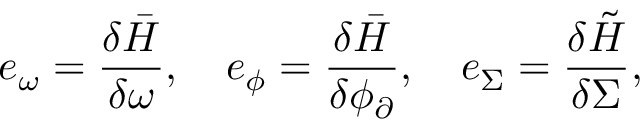
e _ { \omega } = \frac { \delta \bar { H } } { \delta \omega } , \quad e _ { \phi } = \frac { \delta \bar { H } } { \delta \phi _ { \partial } } , \quad e _ { \Sigma } = \frac { \delta \tilde { H } } { \delta \Sigma } ,